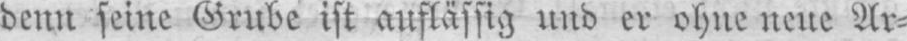
denn seine Grube ist auflässig und er ohne neue Ar⸗